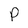
Character: p